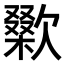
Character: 𣤜